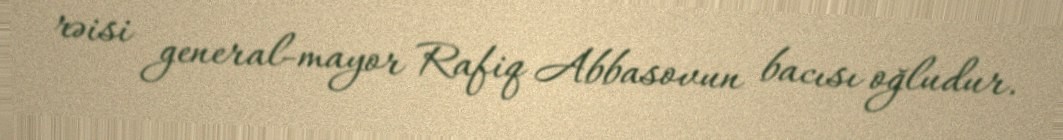
rəisi general-mayor Rafiq Abbasovun bacısı oğludur.